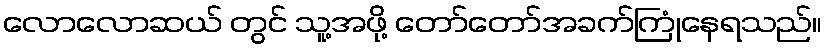
လောလောဆယ် တွင် သူ့အဖို့ တော်တော်အခက်ကြုံနေရသည်။